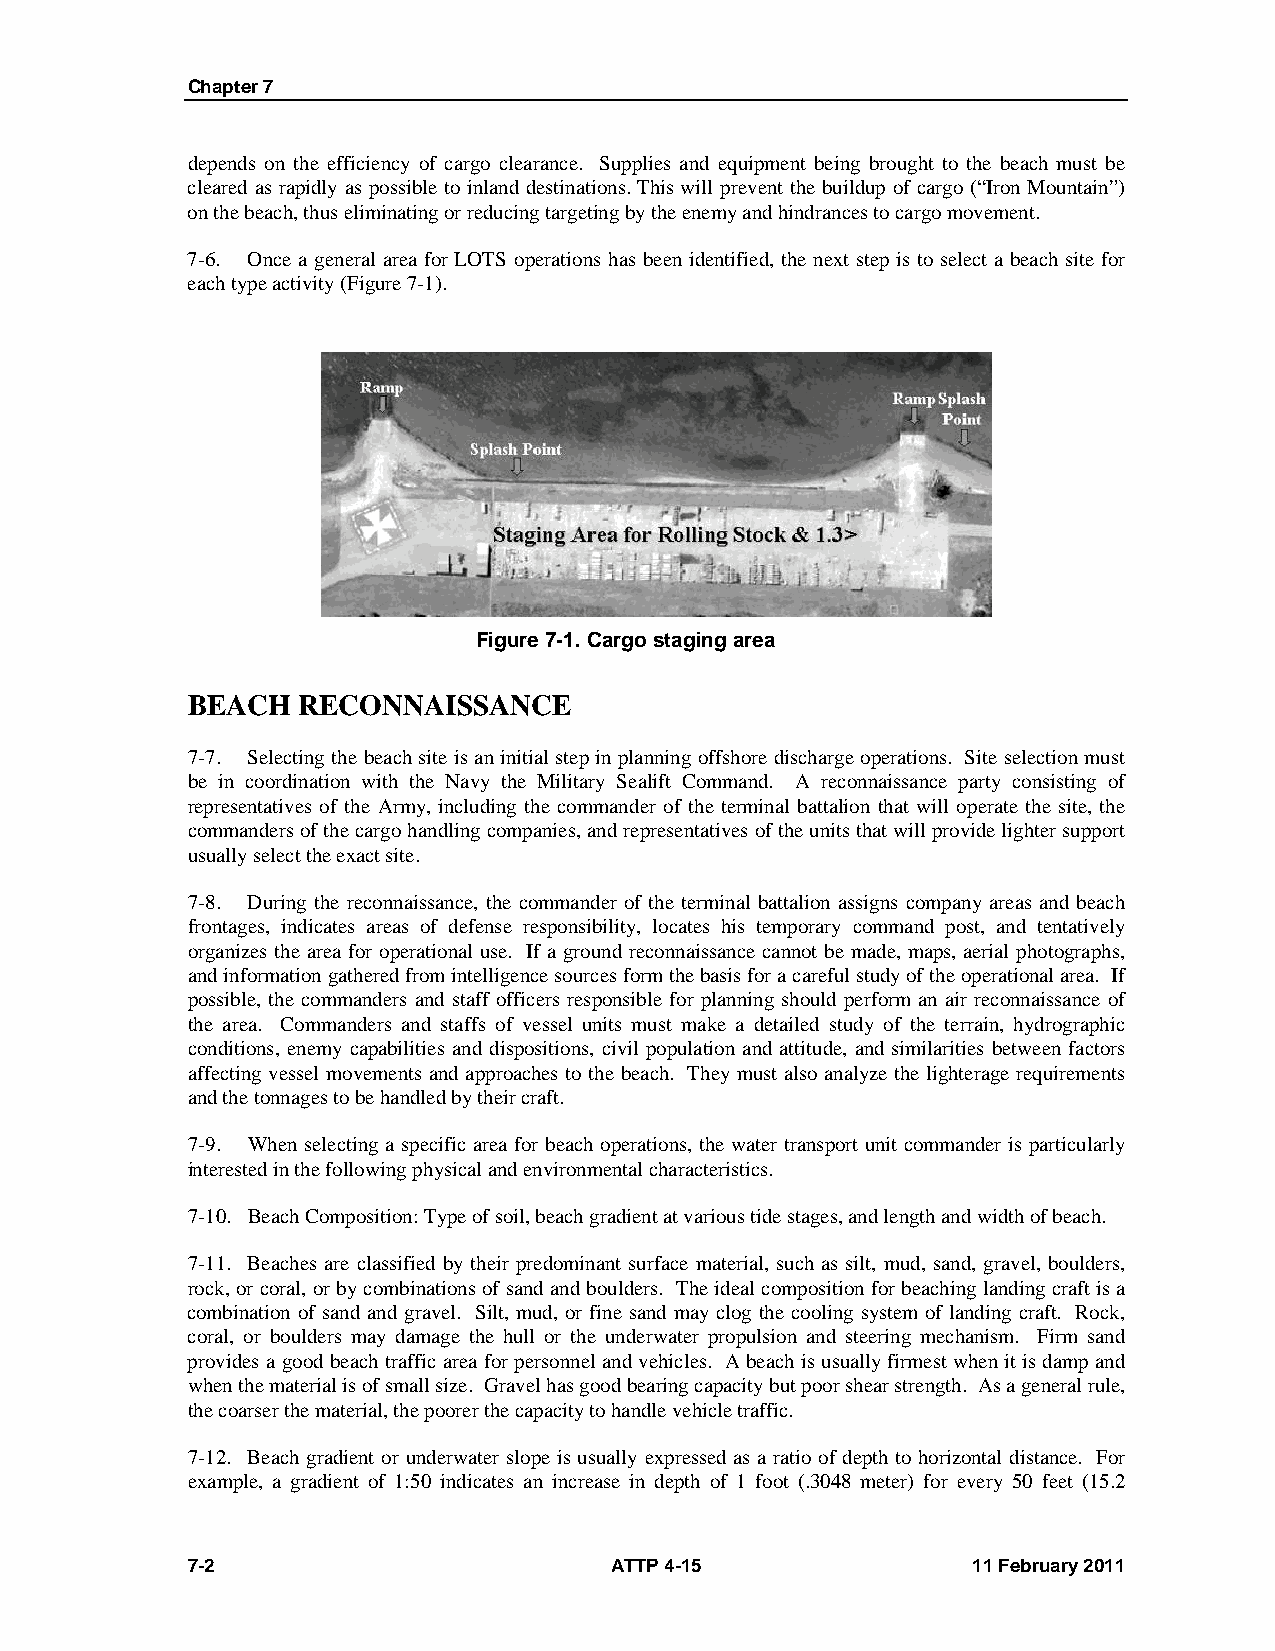
Chapter 7
 depends on the efficiency of cargo clearance. Supplies and equipment being brought to the beach must be
 cleared as rapidly as possible to inland destinations. This will prevent the buildup of cargo (“Iron Mountain”)
 on the beach, thus eliminating or reducing targeting by the enemy and hindrances to cargo movement.
 7-6. Once a general area for LOTS operations has been identified, the next step is to select a beach site for
 each type activity (Figure 7-1).
 Figure 7-1. Cargo staging area
 BEACH   RECONNAISSANCE
 7-7. Selecting the beach site is an initial step in planning offshore discharge operations. Site selection must
 be in coordination with the Navy the Military Sealift Command. A reconnaissance party consisting of
 representatives of the Army, including the commander of the terminal battalion that will operate the site, the
 commanders of the cargo handling companies, and representatives of the units that will provide lighter support
 usually select the exact site.
 7-8. During the reconnaissance, the commander of the terminal battalion assigns company areas and beach
 frontages, indicates areas of defense responsibility, locates his temporary command post, and tentatively
 organizes the area for operational use. If a ground reconnaissance cannot be made, maps, aerial photographs,
 and information gathered from intelligence sources form the basis for a careful study of the operational area. If
 possible, the commanders and staff officers responsible for planning should perform an air reconnaissance of
 the area. Commanders and staffs of vessel units must make a detailed study of the terrain, hydrographic
 conditions, enemy capabilities and dispositions, civil population and attitude, and similarities between factors
 affecting vessel movements and approaches to the beach. They must also analyze the lighterage requirements
 and the tonnages to be handled by their craft.
 7-9. When selecting a specific area for beach operations, the water transport unit commander is particularly
 interested in the following physical and environmental characteristics.
 7-10. Beach Composition: Type of soil, beach gradient at various tide stages, and length and width of beach.
 7-11. Beaches are classified by their predominant surface material, such as silt, mud, sand, gravel, boulders,
 rock, or coral, or by combinations of sand and boulders. The ideal composition for beaching landing craft is a
 combination of sand and gravel. Silt, mud, or fine sand may clog the cooling system of landing craft. Rock,
 coral, or boulders may damage the hull or the underwater propulsion and steering mechanism. Firm sand
 provides a good beach traffic area for personnel and vehicles. A beach is usually firmest when it is damp and
 when the material is of small size. Gravel has good bearing capacity but poor shear strength. As a general rule,
 the coarser the material, the poorer the capacity to handle vehicle traffic.
 7-12. Beach gradient or underwater slope is usually expressed as a ratio of depth to horizontal distance. For
 example, a gradient of 1:50 indicates an increase in depth of 1 foot (.3048 meter) for every 50 feet (15.2
 7-2                         ATTP 4-15               11 February 2011